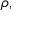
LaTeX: { \boldsymbol { \rho } } ,